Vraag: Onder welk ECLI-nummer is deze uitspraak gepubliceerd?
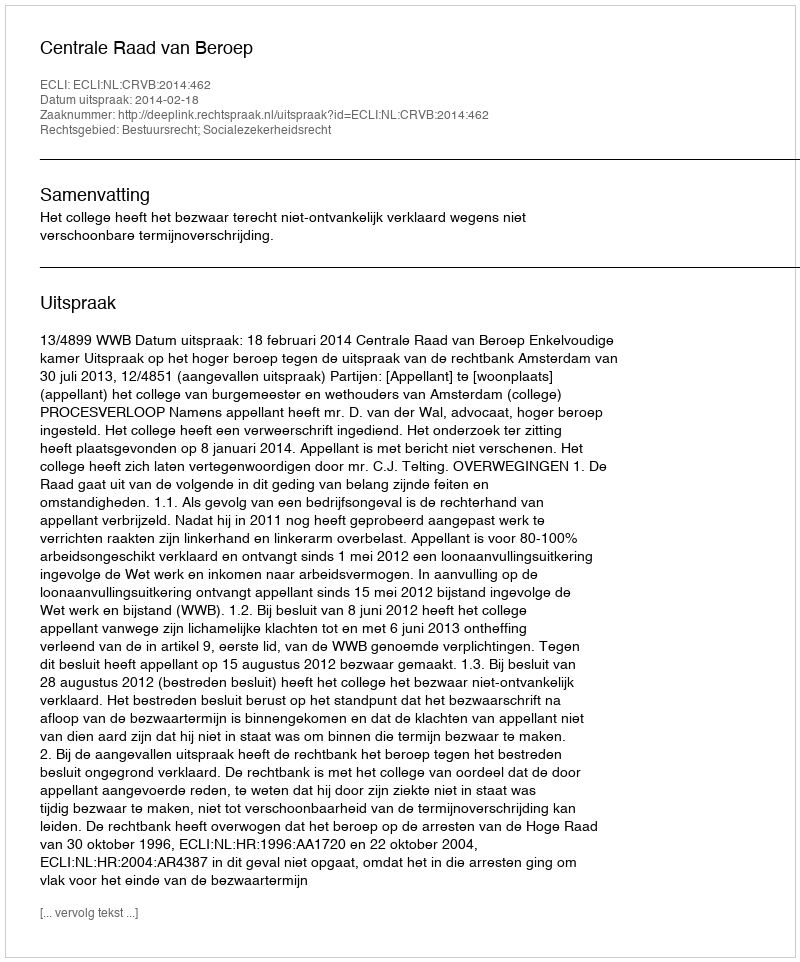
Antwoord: ECLI:NL:CRVB:2014:462